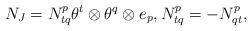
LaTeX: \begin{align*}N_J = N^p_{tq}\theta^t\otimes\theta^q\otimes e_p, N^p_{tq}=-N^p_{qt},\end{align*}